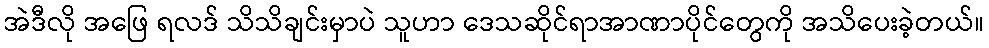
အဲဒီလို အဖြေ ရလဒ် သိသိချင်းမှာပဲ သူဟာ ဒေသဆိုင်ရာအာဏာပိုင်တွေကို အသိပေးခဲ့တယ်။